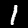
Digit: 1